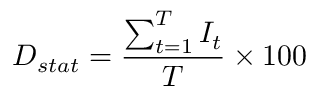
D _ { s t a t } = \frac { \sum _ { t = 1 } ^ { T } I _ { t } } { T } \times 1 0 0 \